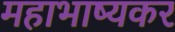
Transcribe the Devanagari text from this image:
महाभाष्यकर